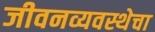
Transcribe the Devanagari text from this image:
जीवनव्यवस्थेचा